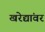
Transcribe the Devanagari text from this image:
खरेद्यांवर